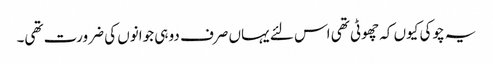
یہ چوکی کیوں کہ چھوٹی تھی اس لئے یہاں صرف دو ہی جوانوں کی ضرورت تھی۔